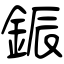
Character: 鋠